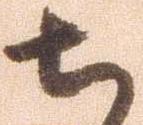
ち